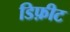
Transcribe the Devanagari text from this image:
डिफ़ीट